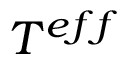
T ^ { e f f }